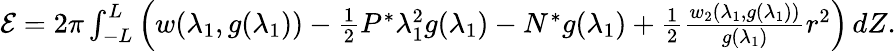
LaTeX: \begin{array}{r}{\mathcal{E}=2\pi\int_{-L}^{L}\Big(w(\lambda_{1},g(\lambda_{1}))-\frac{1}{2}P^{*}\lambda_{1}^{2}g(\lambda_{1})-N^{*}g(\lambda_{1})+\frac{1}{2}\frac{w_{2}(\lambda_{1},g(\lambda_{1}))}{g(\lambda_{1})}r^{2}\Big)\, dZ.}\end{array}